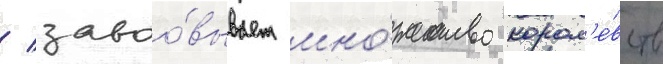
/ завоо́вывает мно́жество корол'е́вств